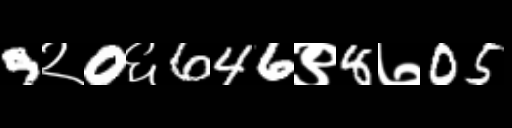
Text: 9२0६646९8७05